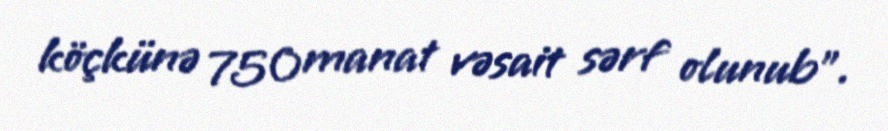
köçkünə 750 manat vəsait sərf olunub”.